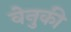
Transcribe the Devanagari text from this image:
वेनुकी